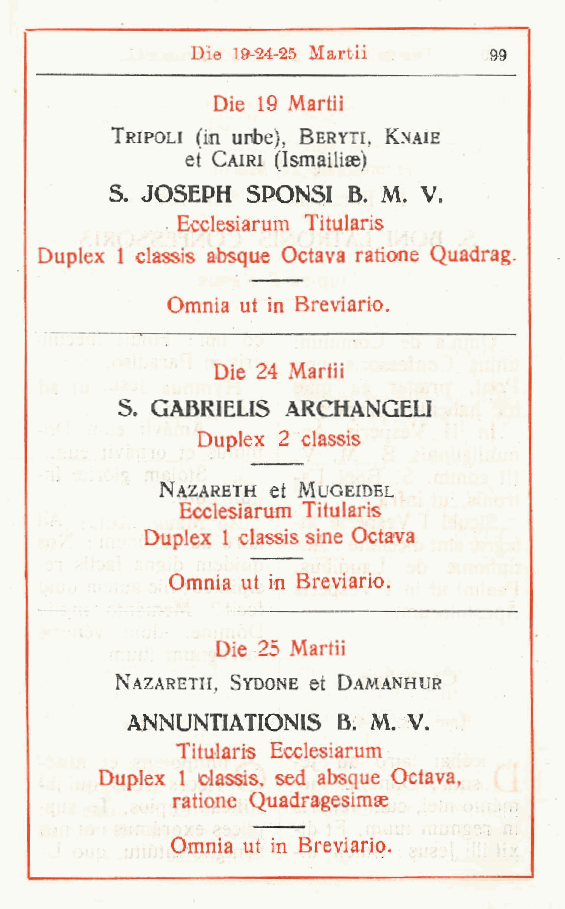
Die 19 24-25 Martii 99
 Die 19 Martii
 Tripoli (in urbe) Beryti, Knaie
 ,
 et Cairi (Ismailiae)
 S JOSEPH SPONSI B. M. V.
 .
 Ecclesiarum Titularis
 Duplex 1 classis absque Octava ratione Quadrag.
 Omnia ut in Breviario.
 Die 24 Martii
 S GABRIELIS ARCHANGELI
 .
 Duplex 2 classis
 Nazareth et Mugeidel
 Ecclesiarum Titularis
 Duplex 1 classis sine Octava
 Omnia ut in Breviario.
 Die 25 Martii
 Nazareth, Sydone et Damanhur
 ANNUNTIATIONIS B. M. V.
 Titularis Ecclesiarum
 Duplex 1 olassis, sed absque Octava,
 ratione Quadragesimae
 Omnia ut in Breviario.